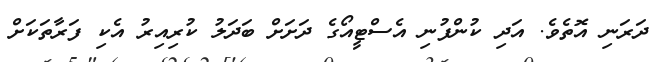
ދަރަނި އޮތެވެ. އަދި ކުންފުނި އެސްޓީއޯގެ ދަށަށް ބަދަލު ކުރިއިރު އެކި ފަރާތަކަށް